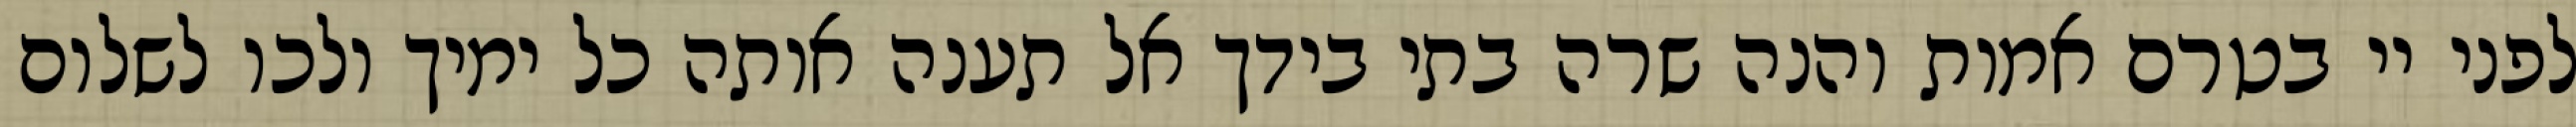
לפני יי בטרם אמות והנה שרה בתי בידך אל תענה אותה כל ימיך ולכו לשלום